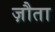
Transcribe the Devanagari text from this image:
ज़ौता